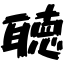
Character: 聴